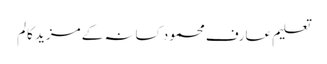
تعلیم عارف محمود کسانہ کے مزید کالم